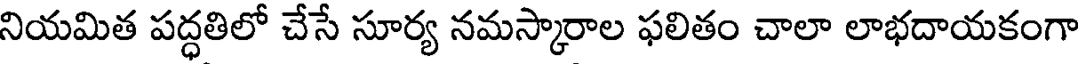
నియమిత పద్ధతిలో చేసే సూర్య నమస్కారాల ఫలితం చాలా లాభదాయకంగా